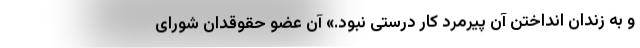
و به زندان انداختن آن پیرمرد کار درستی نبود.» آن عضو حقوقدان شورای